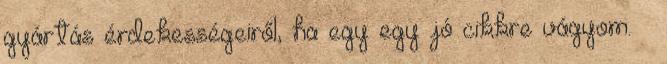
gyártás érdekességeiről, ha egy egy jó cikkre vágyom. 🙂